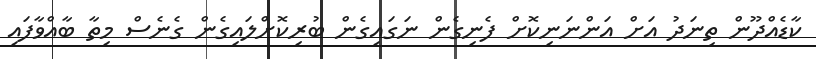
ކާޑެއްދޫން ތިނަދު އަށް އަންނަނިކޮށް ފެނިގެން ނަގައިގެން ބުރިކޮށްލައިގެން ގެނެސް މިތާ ބާއްވާފައި